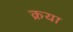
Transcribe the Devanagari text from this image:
क्रया